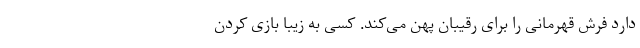
دارد فرش قهرمانی را برای رقیبان پهن می‌کند. کسی به زیبا بازی کردن